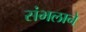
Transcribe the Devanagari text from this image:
संभलाने